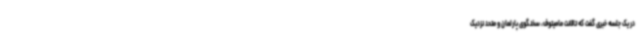
در یک جلسه خبری گفت که تالانت مامیتوف، سخنگوی پارلمان و متحد نزدیک